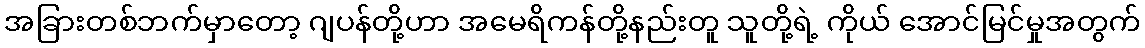
အခြားတစ်ဘက်မှာတော့ ဂျပန်တို့ဟာ အမေရိကန်တို့နည်းတူ သူတို့ရဲ့ ကိုယ် အောင်မြင်မှုအတွက်